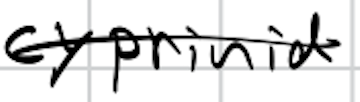
Text: cyprinid
Cross-out: single-line
Writing tool: digital_black